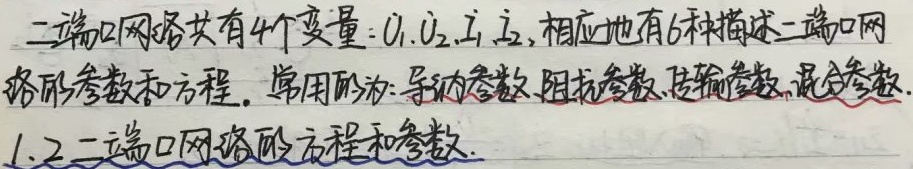
二端口网络共有4个变量：\(\dot{U}_{1},\dot{U}_{2},\dot{I}_{1},\dot{I}_{2}\)，相应地有6种描述二端口网络的参数和方程。常用的为：导纳参数、阻抗参数、传输参数、混合参数。

1.2 二端口网络的方程和参数。